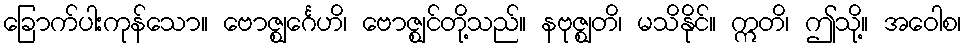
ခြောက်ပါးကုန်သော။ ဗောဇ္ဈင်္ဂေဟိ၊ ဗောဇ္ဈင်တို့သည်။ နဗုဇ္ဈတိ၊ မသိနိုင်။ ဣတိ၊ ဤသို့။ အဝေါစ၊